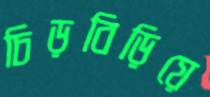
চিড়বিড়িয়ে